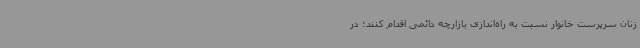
زنان سرپرست خانوار نسبت به راه‌اندازی بازارچه دائمی اقدام کنند؛ در